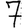
Digit: 7